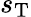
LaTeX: s_{\mathrm{T}}